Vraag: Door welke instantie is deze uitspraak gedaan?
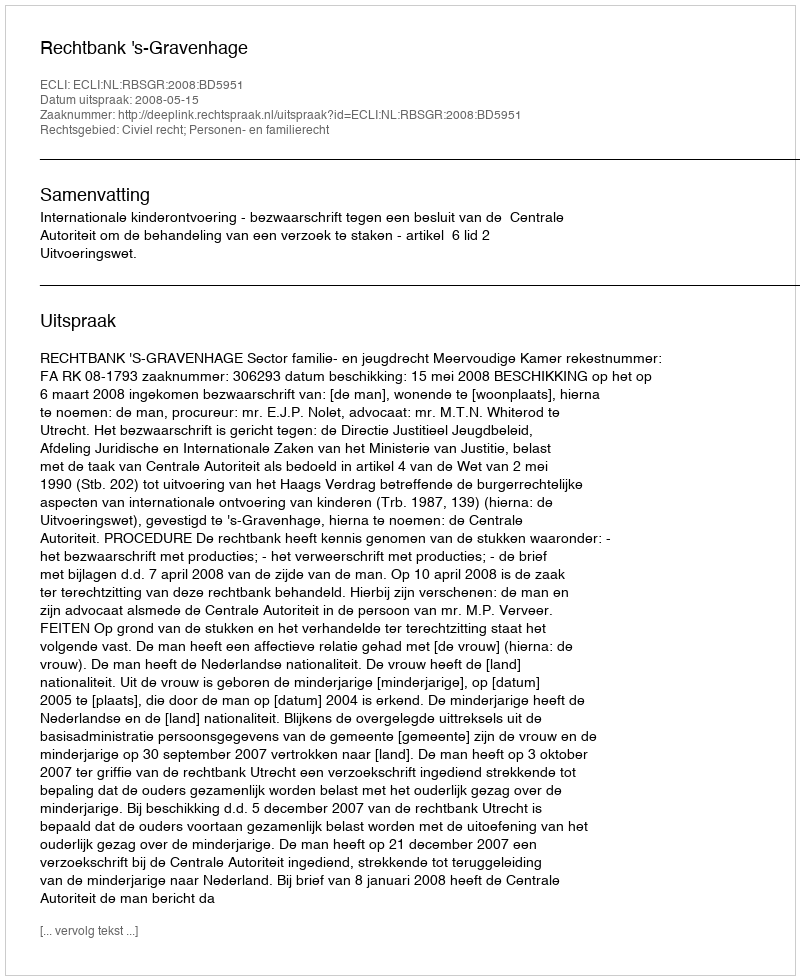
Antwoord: Rechtbank 's-Gravenhage